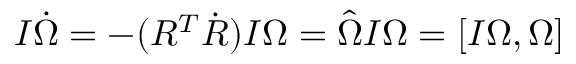
I \dot { \boldsymbol \Omega } = - ( R ^ { T } \dot { R } ) I { \boldsymbol \Omega } = \hat { \Omega } I { \boldsymbol \Omega } = [ I { \boldsymbol \Omega } , { \boldsymbol \Omega } ]